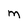
Character: m